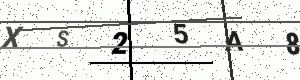
Text: XS25A8